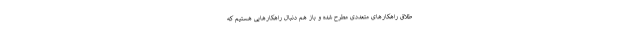
طلاق راهکارهای متعددی مطرح شده و باز هم دنبال راهکارهایی هستیم که